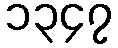
၁၃၄၇